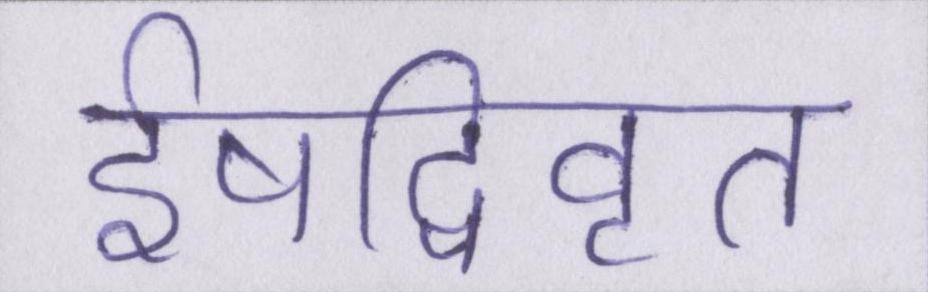
ईषद्विवृत